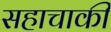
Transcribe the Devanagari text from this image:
सहाचाकी